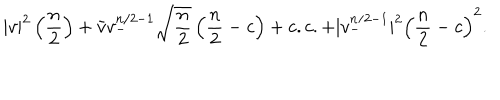
| v | ^ { 2 } \left( { \frac { n } { 2 } } \right) + \bar { v } v _ { - } ^ { n / 2 - 1 } \sqrt { { \frac { n } { 2 } } } \left( { \frac { n } { 2 } } - c \right) + c . c . + | v _ { - } ^ { n / 2 - 1 } | ^ { 2 } \left( { \frac { n } { 2 } } - c \right) ^ { 2 } .